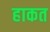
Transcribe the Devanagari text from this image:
हाकत